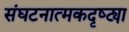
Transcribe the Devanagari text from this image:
संघटनात्मकदृष्ट्या